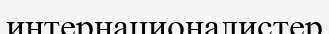
интернационалистер